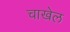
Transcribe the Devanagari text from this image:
चाखेल